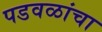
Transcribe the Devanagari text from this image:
पडवळांचा